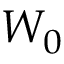
W _ { 0 }